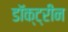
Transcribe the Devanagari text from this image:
डॉक्ट्रीन